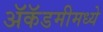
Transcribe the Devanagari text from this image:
ॲकॅडमीमध्ये